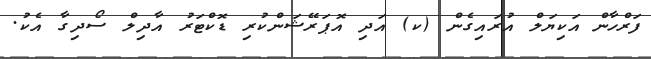
ފަރްހާން އަކިޔަލް އުރައިގެން (ކ) އަދި އޮޕަރޭޝަންކުރި ޑޮކްޓަރު އާދިލް ސޯދިގާ އެކު.